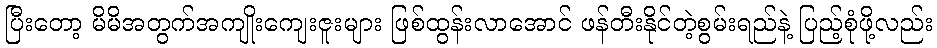
ပြီးတော့ မိမိအတွက်အကျိုးကျေးဇူးများ ဖြစ်ထွန်းလာအောင် ဖန်တီးနိုင်တဲ့စွမ်းရည်နဲ့ ပြည့်စုံဖို့လည်း